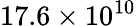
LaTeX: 17.6\times 10^{10}